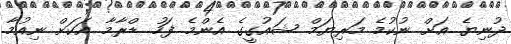
ދުނިޔެ އަށް ނުކުމެ މަރިޔަމް ޝައުގީގެ އެންމެ ފަހު ޑްރާމާ އަކަށް ނިއުމާ